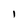
Character: 1